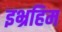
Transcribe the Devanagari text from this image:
इभ्रहिम